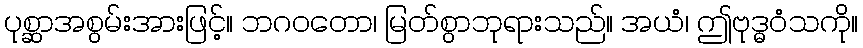
ပုစ္ဆာအစွမ်းအားဖြင့်။ ဘဂဝတော၊ မြတ်စွာဘုရားသည်။ အယံ၊ ဤဗုဒ္ဓဝံသကို။